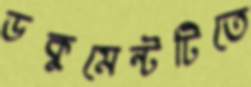
ডকুমেন্টটিতে